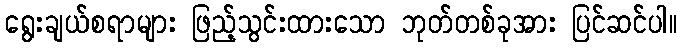
ရွေးချယ်စရာများ ဖြည့်သွင်းထားသော ဘုတ်တစ်ခုအား ပြင်ဆင်ပါ။